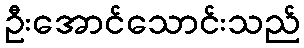
ဦးအောင်သောင်းသည်